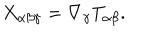
LaTeX: X _ { \alpha \beta \gamma } = \nabla _ { \gamma } T _ { \alpha \beta } . \nonumber \,